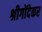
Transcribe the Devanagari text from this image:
श्रीगोंदेकर